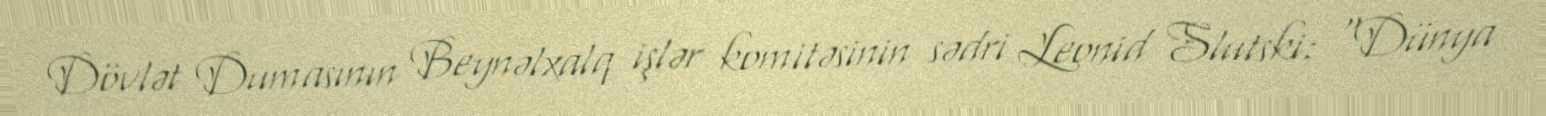
Dövlət Dumasının Beynəlxalq işlər komitəsinin sədri Leonid Slutski: "Dünya